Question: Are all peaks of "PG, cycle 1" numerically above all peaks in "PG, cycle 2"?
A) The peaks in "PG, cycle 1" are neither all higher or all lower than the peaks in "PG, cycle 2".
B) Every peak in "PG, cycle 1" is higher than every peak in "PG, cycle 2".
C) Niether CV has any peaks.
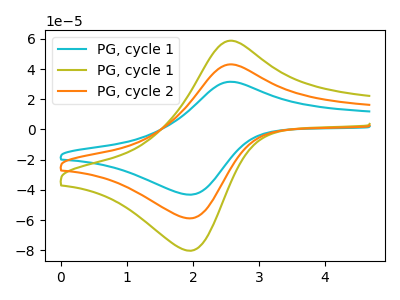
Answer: <think>The cyan curve "PG, cycle 1" has an anodic peak at (2.60V, 86.00uA) and a cathodic peak at (1.95V, -117.50uA). The olive curve "PG, cycle 1" has an anodic peak at (2.60V, 58.65uA) and a cathodic peak at (1.95V, -80.10uA). The orange curve "PG, cycle 2" has an anodic peak at (2.60V, 43.00uA) and a cathodic peak at (1.95V, -58.75uA).</think>
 <answer>B) Every peak in "PG, cycle 1" is higher than every peak in "PG, cycle 2".</answer>
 <eval>B</eval>